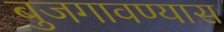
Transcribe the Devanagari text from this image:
बुजगावण्यास